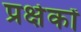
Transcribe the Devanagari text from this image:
प्रक्षेकों